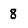
Character: 8